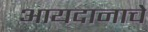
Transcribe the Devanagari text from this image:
आयदानाचे